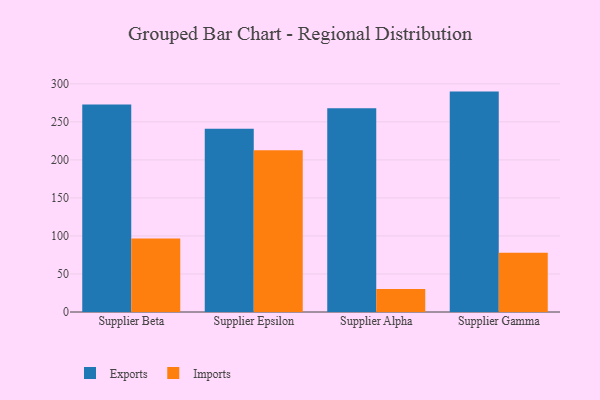
{"axis": {"x": "Supplier", "y": "Market Share (%)"}, "legend": ["Exports", "Imports"], "data": [{"x": "Supplier Beta", "y": 273.0, "type": "Exports"}, {"x": "Supplier Beta", "y": 96.5, "type": "Imports"}, {"x": "Supplier Epsilon", "y": 241.0, "type": "Exports"}, {"x": "Supplier Epsilon", "y": 212.6, "type": "Imports"}, {"x": "Supplier Alpha", "y": 267.8, "type": "Exports"}, {"x": "Supplier Alpha", "y": 30.1, "type": "Imports"}, {"x": "Supplier Gamma", "y": 289.8, "type": "Exports"}, {"x": "Supplier Gamma", "y": 77.9, "type": "Imports"}]}